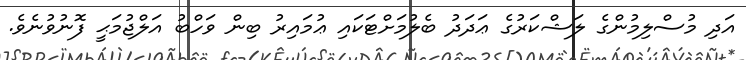
އަދި މުސްލިމުންގެ ލަޝްކަރުގެ ޢަދަދު ބެލުމަށްޓަކައި ޢުމައިރު ބިން ވަހްބު އަލްޖުމަޙީ ފޮނުވުނެވެ.